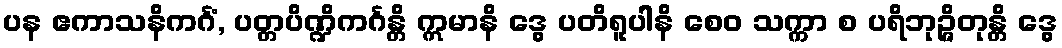
ပန ဧကာသနိကင်္ဂံ, ပတ္တပိဏ္ဍိကင်္ဂန္တိ ဣမာနိ ဒွေ ပတိရူပါနိ စေဝ သက္ကာ စ ပရိဘုဉ္ဇိတုန္တိ ဒွေ